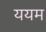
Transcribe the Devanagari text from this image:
ययम